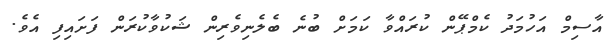
އާސިމް އަހުމަދު ކެމްޕޭން ކުރައްވާ ކަމަށް ބުނެ ބެލެނިވެރިން ޝަކުވާކުރަން ފަށައިފި އެވެ.